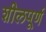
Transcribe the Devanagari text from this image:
शीलपूर्ण